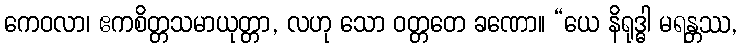
ကေဝလာ၊ ဧကစိတ္တသမာယုတ္တာ, လဟု သော ဝတ္တတေ ခဏော။ “ယေ နိရုဒ္ဓါ မရန္တဿ,